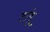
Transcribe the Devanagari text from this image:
टांगू